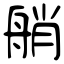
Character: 艄